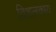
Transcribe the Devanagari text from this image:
विशलकाय